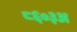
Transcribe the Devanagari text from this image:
८६०३अ